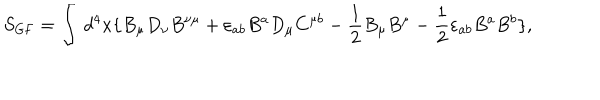
S _ { \mathrm { G F } } = \int \, d ^ { 4 } x \{ B _ { \mu } D _ { \nu } B ^ { \nu \mu } + \varepsilon _ { a b } B ^ { a } D _ { \mu } C ^ { \mu b } - \frac { 1 } { 2 } B _ { \mu } B ^ { \mu } - \frac { 1 } { 2 } \varepsilon _ { a b } B ^ { a } B ^ { b } \} ,